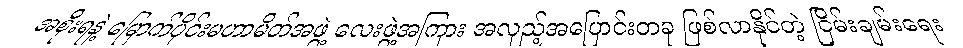
အစိုးရနဲ့ မြောက်ပိုင်းမဟာမိတ်အဖွဲ့ လေးဖွဲ့အကြား အလှည့်အပြောင်းတခု ဖြစ်လာနိုင်တဲ့ ငြိမ်းချမ်းရေး